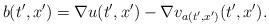
LaTeX: \begin{align*} b(t', x') = \nabla u(t', x') - \nabla v_{a(t', x')}(t', x'). \end{align*}